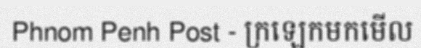
Phnom Penh Post - ក្រឡេកមកមើល